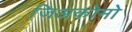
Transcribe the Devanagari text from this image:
जिअकोमो